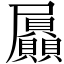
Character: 屭